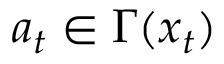
a _ { t } \in \Gamma ( x _ { t } )